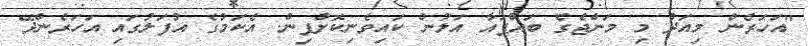
"އަހަރެން މިއަދު މި މަންޖެގެ ބައްޕައާ އަލުން ކައިވެނިކޮށްފިން. އެކަމުގެ އުފަލުގައި އަހަރެންދޭ